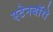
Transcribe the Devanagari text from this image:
एटेनबॉरो